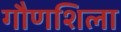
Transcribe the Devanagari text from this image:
गौणशिला